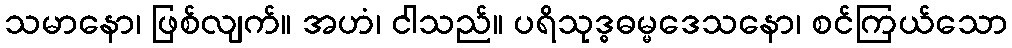
သမာနော၊ ဖြစ်လျက်။ အဟံ၊ ငါသည်။ ပရိသုဒ္ဓဓမ္မဒေသနော၊ စင်ကြယ်သော